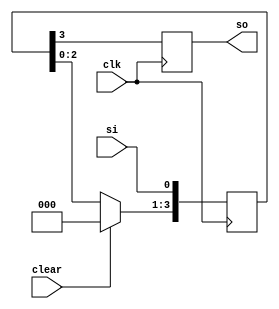
module sisomod(clk,clear,si,so);
input clk,si,clear;
output so;
reg so;
reg [3:0] tmp;
always @(posedge clk )
begin
if (clear)
tmp <= 0000;
else
tmp <= tmp << 1;
tmp[0] <= si;
so = tmp[3];
end
endmodule